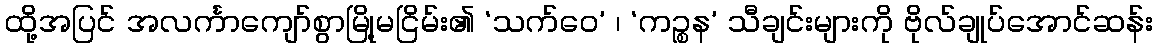
ထို့အပြင် အလင်္ကာကျော်စွာမြို့မငြိမ်း၏ ‘သက်ဝေ’ ၊ ‘ကဉ္စန’ သီချင်းများကို ဗိုလ်ချုပ်အောင်ဆန်း